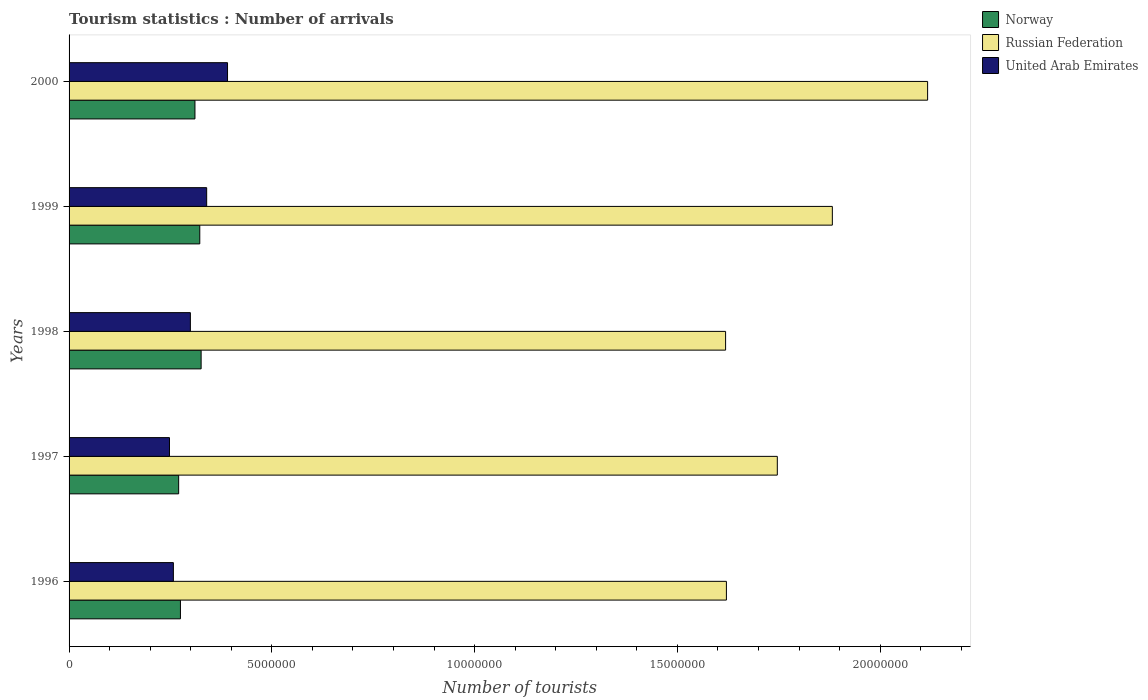
| Years | Norway | Russian Federation | United Arab Emirates |
 | --- | --- | --- | --- |
 | 1996 | 2.75e+06 | 1.62e+07 | 2.57e+06 |
 | 1997 | 2.7e+06 | 1.75e+07 | 2.48e+06 |
 | 1998 | 3.26e+06 | 1.62e+07 | 2.99e+06 |
 | 1999 | 3.22e+06 | 1.88e+07 | 3.39e+06 |
 | 2000 | 3.1e+06 | 2.12e+07 | 3.91e+06 |